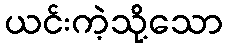
ယင်းကဲ့သို့သော